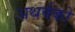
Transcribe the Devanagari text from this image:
अथर्वको